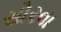
સોરવા